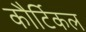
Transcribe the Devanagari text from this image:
कौर्टिकल